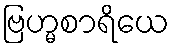
ဗြဟ္မစာရိယေ